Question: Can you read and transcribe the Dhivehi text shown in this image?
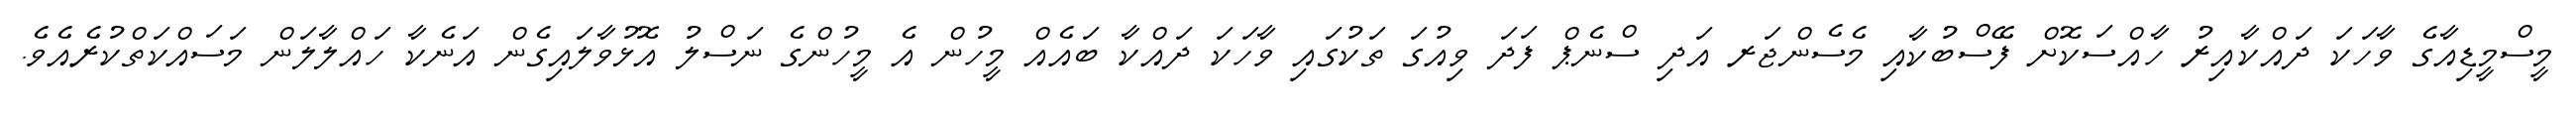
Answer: މީސްމީޑިއާގެ ވާހަކަ ދައްކާއިރު ހާއްސަކޮށް ފޭސްބުކާއި މެސެންޖަރ އަދި ސްނެޕް ފަދަ ވިއުގަ ތަކުގައި ވާހަކަ ދައްކާ ބައެއް މީހުން އެ މީހުންގެ ނަސްލު އޮޅުވާލައިގެން އަނެކާ ހައްލާލަން މަސައްކަތްކުރެއެވެ.